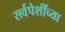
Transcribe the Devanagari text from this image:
सर्वपेशींच्या